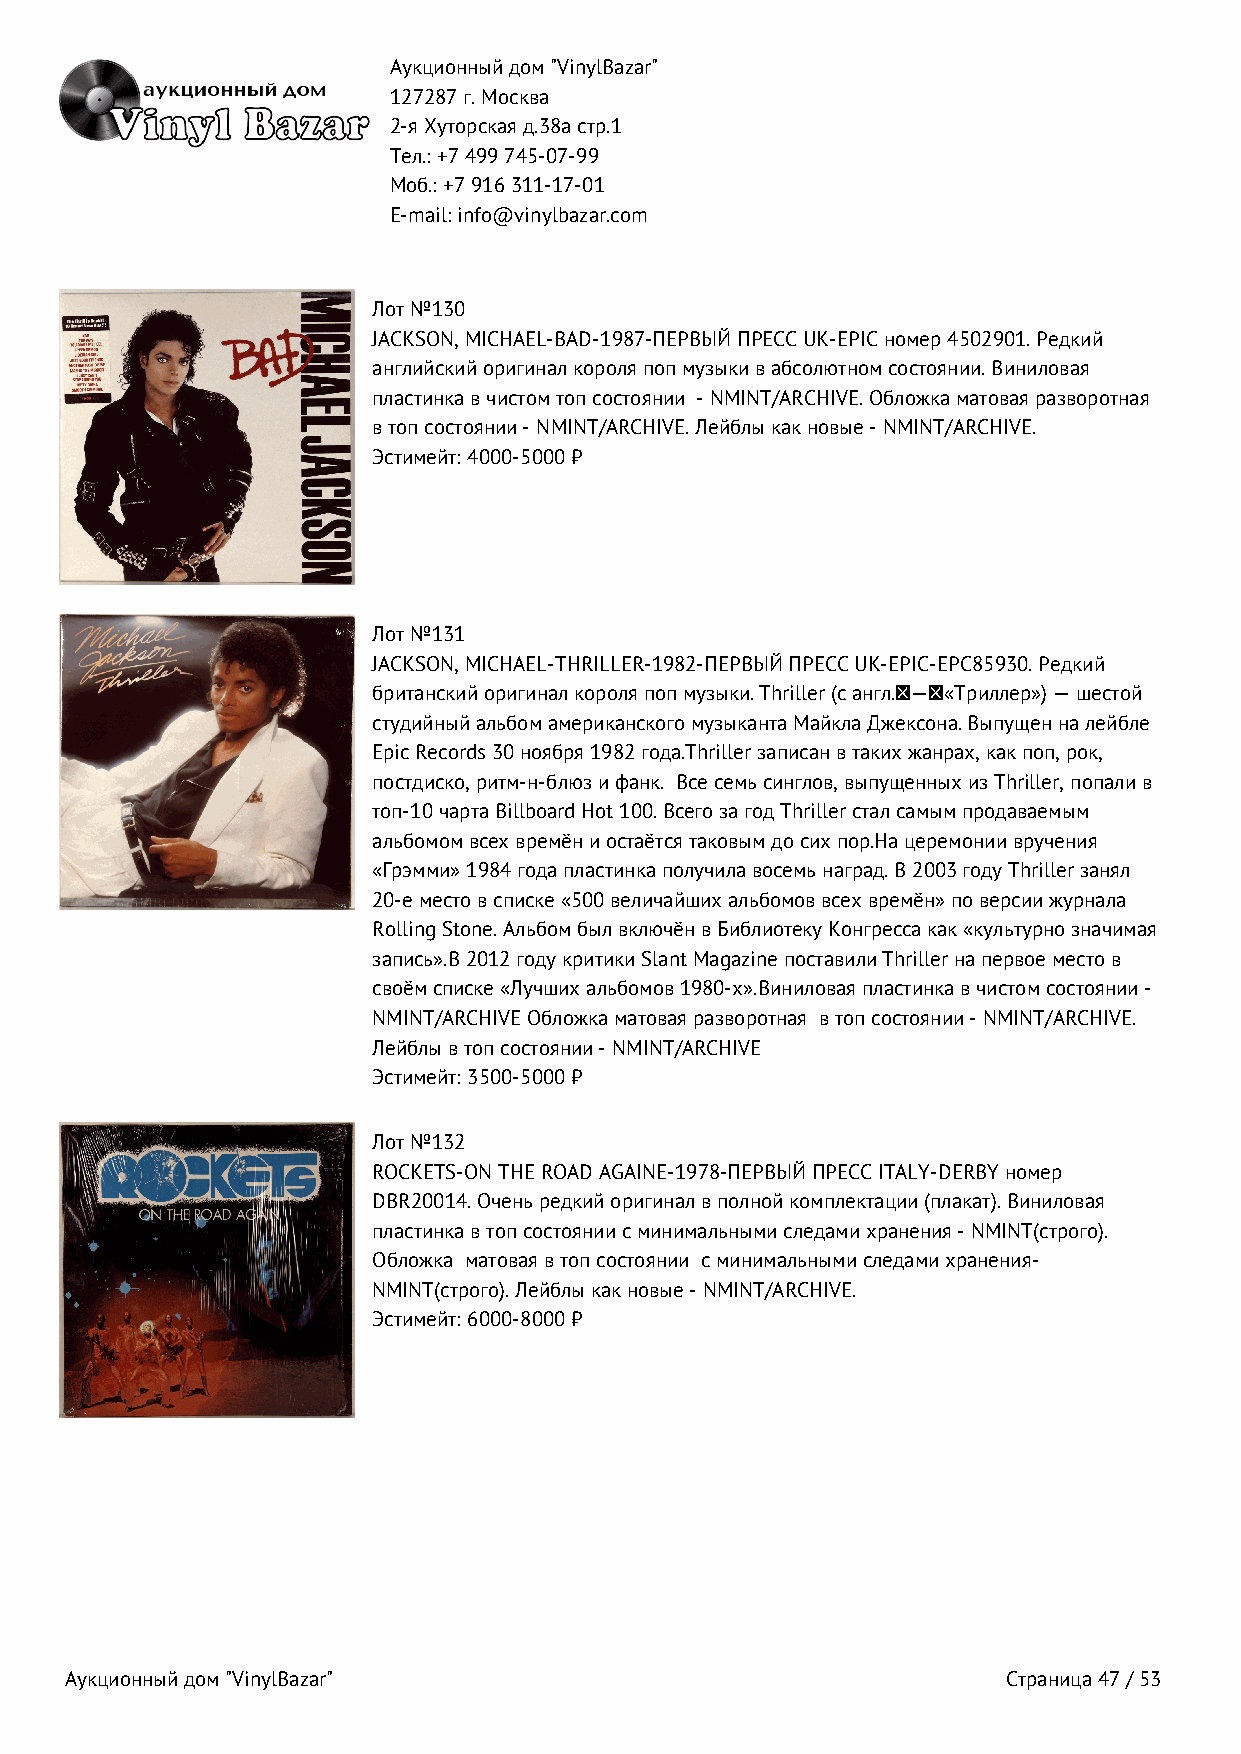
Аукционный дом "VinylBazar"
 127287 г. Москва
 2-я Хуторская д.38а стр.1
 Тел.: +7 499 745‑07‑99
 Моб.: +7 916 311‑17‑01
 E-mail: info@vinylbazar.com
 Лот №130
 JACKSON, MICHAEL-BAD-1987-ПЕРВЫЙ ПРЕСС UK-EPIC номер 4502901. Редкий
 английский оригинал короля поп музыки в абсолютном состоянии. Виниловая
 пластинка в чистом топ состоянии - NMINT/ARCHIVE. Обложка матовая разворотная
 в топ состоянии - NMINT/ARCHIVE. Лейблы как новые - NMINT/ARCHIVE.
 Эстимейт: 4000-5000 ₽
 Лот №131
 JACKSON, MICHAEL-THRILLER-1982-ПЕРВЫЙ ПРЕСС UK-EPIC-EPC85930. Редкий
 британский оригинал короля поп музыки. Thriller (с англ. — «Триллер») — шестой
 студийный альбом американского музыканта Майкла Джексона. Выпущен на лейблe
 Epic Records 30 ноября 1982 года.Thriller записан в таких жанрах, как поп, рок,
 постдиско, ритм-н-блюз и фанк. Все семь синглов, выпущенных из Thriller, попали в
 топ-10 чарта Billboard Hot 100. Всего за год Thriller стал самым продаваемым
 альбомом всех времён и остаётся таковым до сих пор.На церемонии вручения
 «Грэмми» 1984 года пластинка получила восемь наград. В 2003 году Thriller занял
 20-е место в списке «500 величайших альбомов всех времён» по версии журнала
 Rolling Stone. Альбом был включён в Библиотеку Конгресса как «культурно значимая
 запись».В 2012 году критики Slant Magazine поставили Thriller на первое место в
 своём списке «Лучших альбомов 1980-х».Виниловая пластинка в чистом состоянии -
 NMINT/ARCHIVE Обложка матовая разворотная в топ состоянии - NMINT/ARCHIVE.
 Лейблы в топ состоянии - NMINT/ARCHIVE
 Эстимейт: 3500-5000 ₽
 Лот №132
 ROCKETS-ON THE ROAD AGAINE-1978-ПЕРВЫЙ ПРЕСС ITALY-DERBY номер
 DBR20014. Очень редкий оригинал в полной комплектации (плакат). Виниловая
 пластинка в топ состоянии с минимальными следами хранения - NMINT(строго).
 Обложка матовая в топ состоянии с минимальными следами хранения-
 NMINT(строго). Лейблы как новые - NMINT/ARCHIVE.
 Эстимейт: 6000-8000 ₽
 Аукционный дом "VinylBazar"                                    Страница 47 / 53